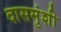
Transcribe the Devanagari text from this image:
दासमुंशी